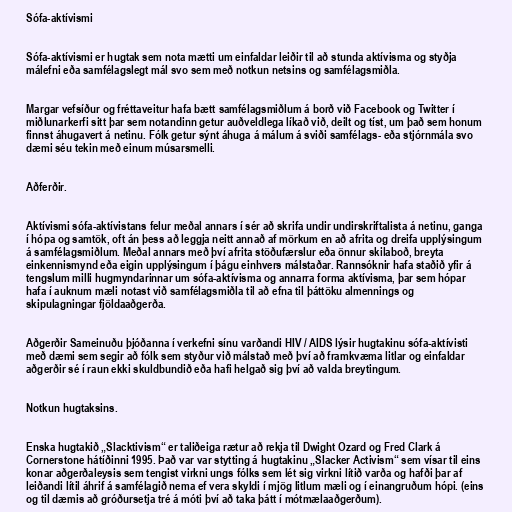
Sófa-aktívismi

Sófa-aktívismi er hugtak sem nota mætti um einfaldar leiðir til að stunda aktívisma og styðja
málefni eða samfélagslegt mál svo sem með notkun netsins og samfélagsmiðla.

Margar vefsíður og fréttaveitur hafa bætt samfélagsmiðlum á borð við Facebook og Twitter í
miðlunarkerfi sitt þar sem notandinn getur auðveldlega líkað við, deilt og tíst, um það sem honum
finnst áhugavert á netinu. Fólk getur sýnt áhuga á málum á sviði samfélags- eða stjórnmála svo
dæmi séu tekin með einum músarsmelli.

Aðferðir.

Aktívismi sófa-aktívistans felur meðal annars í sér að skrifa undir undirskriftalista á netinu, ganga
í hópa og samtök, oft án þess að leggja neitt annað af mörkum en að afrita og dreifa upplýsingum
á samfélagsmiðlum. Meðal annars með því afrita stöðufærslur eða önnur skilaboð, breyta
einkennismynd eða eigin upplýsingum í þágu einhvers málstaðar. Rannsóknir hafa staðið yfir á
tengslum milli hugmyndarinnar um sófa-aktívisma og annarra forma aktívisma, þar sem hópar
hafa í auknum mæli notast við samfélagsmiðla til að efna til þáttöku almennings og
skipulagningar fjöldaaðgerða.

Aðgerðir Sameinuðu þjóðanna í verkefni sínu varðandi HIV / AIDS lýsir hugtakinu sófa-aktívisti
með dæmi sem segir að fólk sem styður við málstað með því að framkvæma litlar og einfaldar
aðgerðir sé í raun ekki skuldbundið eða hafi helgað sig því að valda breytingum.

Notkun hugtaksins.

Enska hugtakið „Slacktivism“ er taliðeiga rætur að rekja til Dwight Ozard og Fred Clark á
Cornerstone hátíðinni 1995. Það var var stytting á hugtakinu „Slacker Activism“ sem vísar til eins
konar aðgerðaleysis sem tengist virkni ungs fólks sem lét sig virkni lítið varða og hafði þar af
leiðandi lítil áhrif á samfélagið nema ef vera skyldi í mjög litlum mæli og í einangruðum hópi. (eins
og til dæmis að gróðursetja tré á móti því að taka þátt í mótmælaaðgerðum).